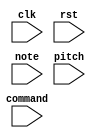
// Dummy implementation, does nothing
module TC_NoteSound (clk, rst, command, note, pitch);
    parameter UUID = 0;
    parameter NAME = "";
    input clk;
    input rst;
    input [7:0] command;
    input [7:0] note;
    input [7:0] pitch;
endmodule